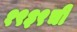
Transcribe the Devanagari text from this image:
१९३९ची